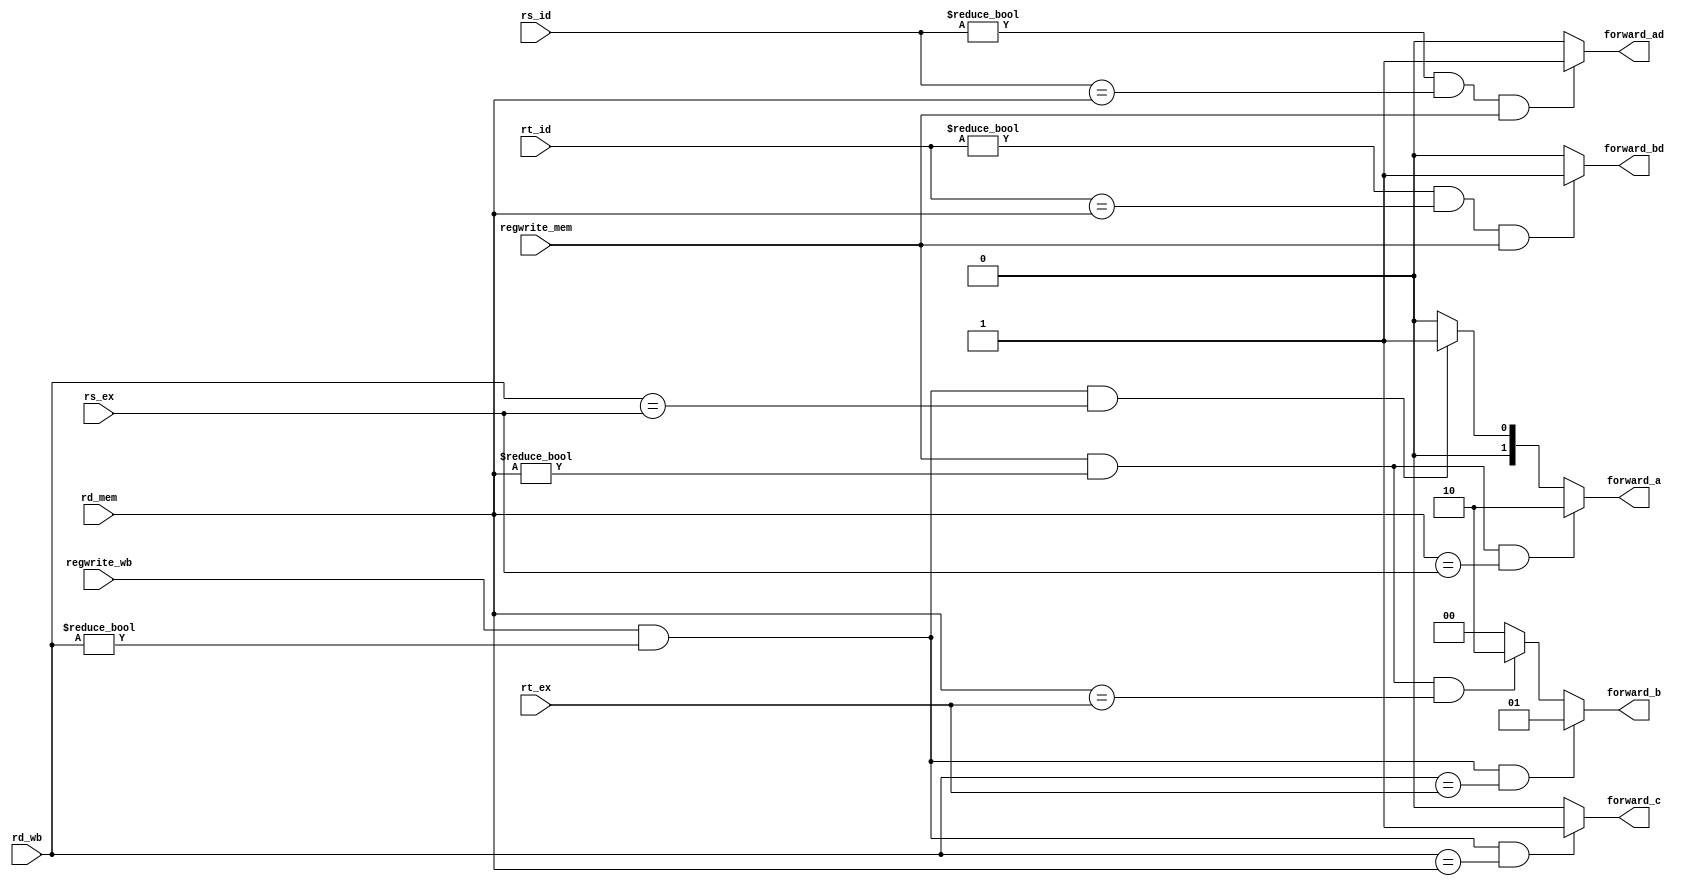
module forwardingUnit(input [4:0] rs_id, input [4:0] rt_id, input [4:0] rs_ex, input [4:0] rt_ex, input [4:0] rd_mem, 
                        input [4:0] rd_wb, input regwrite_mem, input regwrite_wb, 
                        output reg [1:0] forward_a, output reg [1:0] forward_b, output reg forward_c, output reg forward_ad, output reg forward_bd);
    
    //WRITE YOUR CODE HERE
    always @(*) begin
        forward_a = 0;
        forward_b = 0;
        forward_c = 0;
        forward_ad = 0;
        forward_bd = 0;

        if ( regwrite_mem && (rd_mem != 0) && (rd_mem == rt_ex) ) forward_b = 2'b10;

        if ( regwrite_wb && (rd_wb != 0) && (rd_wb == rd_mem) ) forward_c = 1'b1;

        if ( (rs_id != 0) && (rs_id == rd_mem) && regwrite_mem ) forward_ad = 1'b1;

        if ( (rt_id != 0) && (rt_id == rd_mem) && regwrite_mem ) forward_bd = 1'b1;

        if ( regwrite_wb && (rd_wb != 0) && (rd_wb == rs_ex) ) forward_a = 2'b01;

        if ( regwrite_wb && (rd_wb != 0) && (rd_wb == rt_ex) ) forward_b = 2'b01;

        if ( regwrite_mem && (rd_mem != 0) && (rd_mem == rs_ex) ) forward_a = 2'b10;

        
    end

endmodule